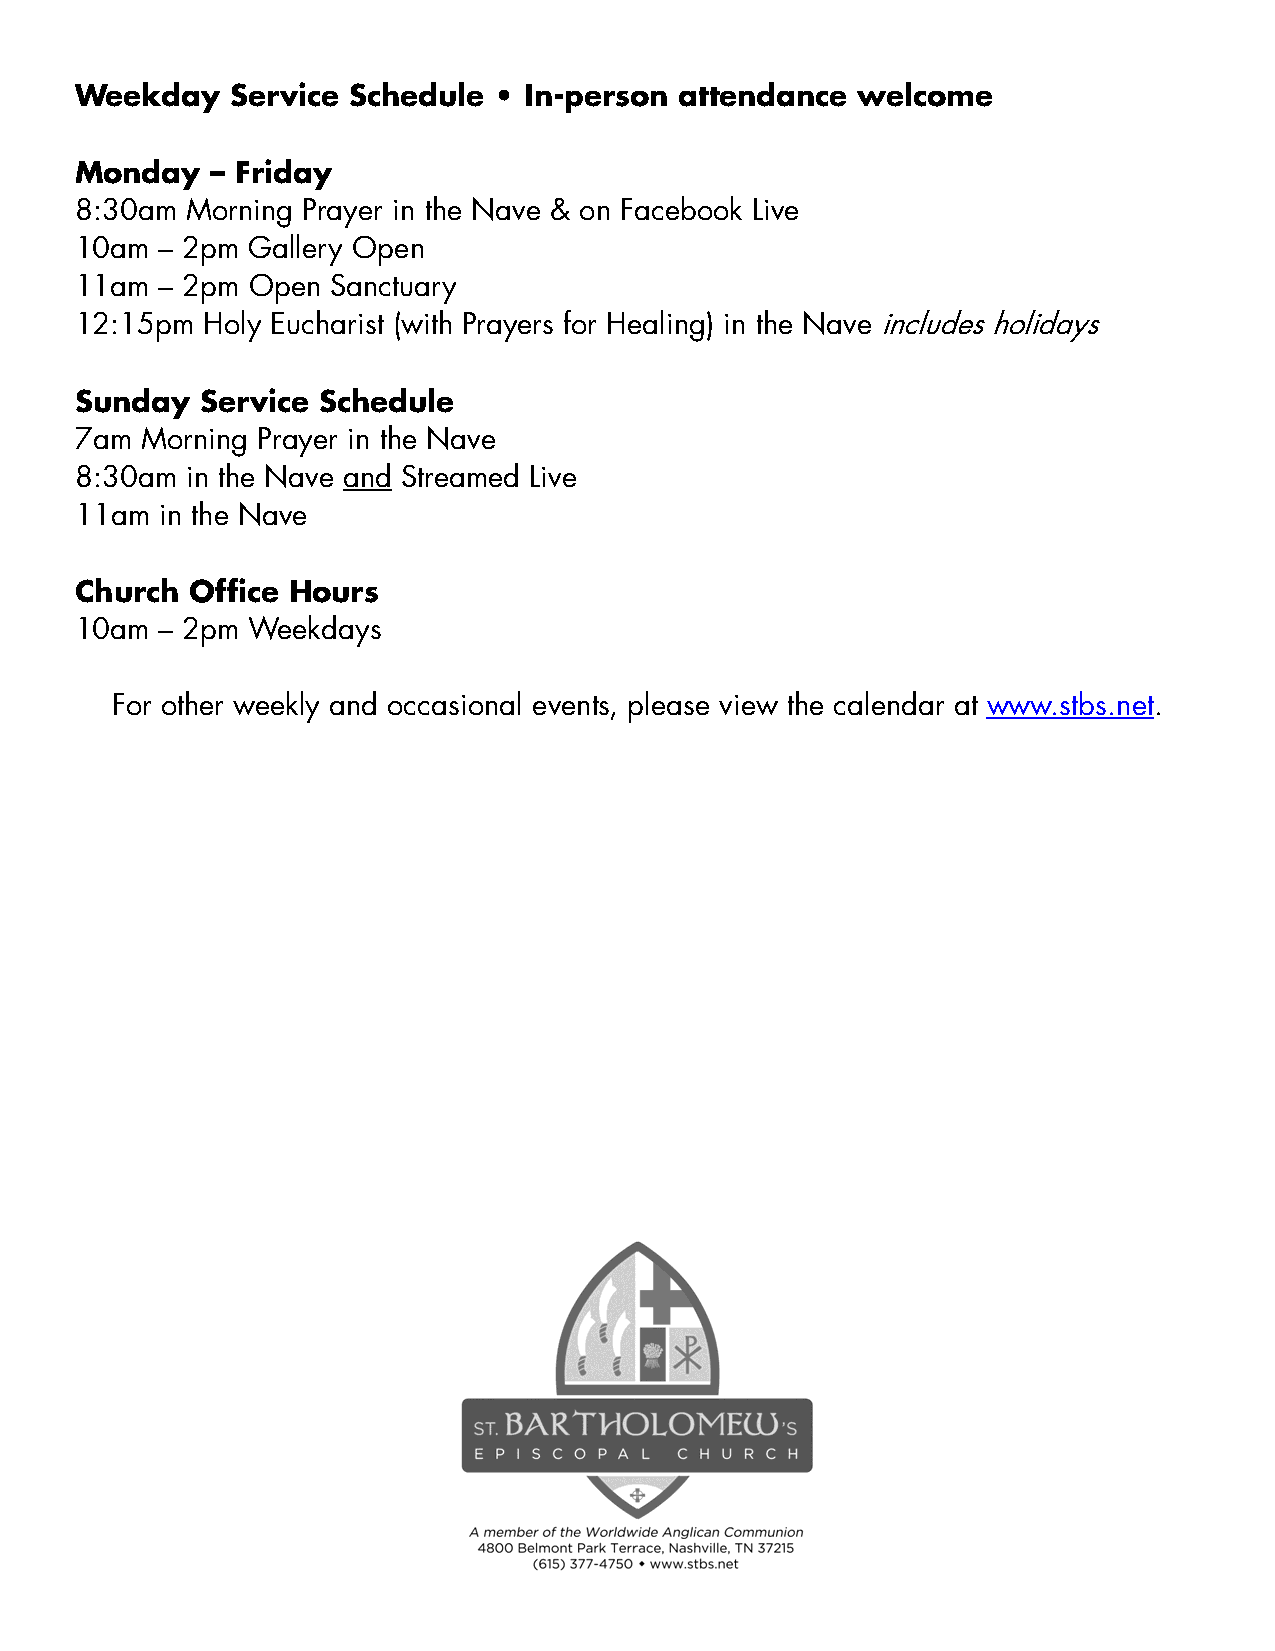
Weekday   Service Schedule  • In-person attendance  welcome
 Monday   – Friday
 8:30am Morning Prayer in the Nave & on Facebook Live
 10am  – 2pm Gallery Open
 11am  – 2pm Open Sanctuary
 12:15pm  Holy Eucharist (with Prayers for Healing) in the Nave includes holidays
 Sunday  Service Schedule
 7am Morning Prayer in the Nave
 8:30am in the Nave and Streamed Live
 11am  in the Nave
 Church  Office Hours
 10am  – 2pm Weekdays
 For other weekly and occasional events, please view the calendar at www.stbs.net.